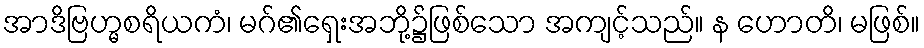
အာဒိဗြဟ္မစရိယကံ၊ မဂ်၏ရှေးအဘို့၌ဖြစ်သော အကျင့်သည်။ န ဟောတိ၊ မဖြစ်။